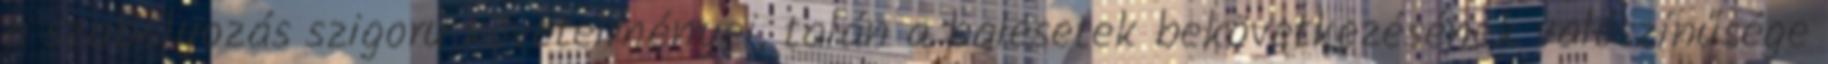
a szabályozás szigorú követelményei, talán a balesetek bekövetkezésének valószínűsége